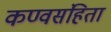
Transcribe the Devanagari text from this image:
कण्वसंहिता